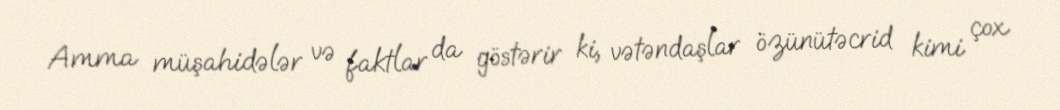
Amma müşahidələr və faktlar da göstərir ki, vətəndaşlar özünütəcrid kimi çox